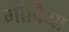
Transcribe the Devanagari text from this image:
गोबिया